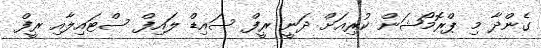
ގެންދާ މި ޕްރޮމޯޝަން ކުރިއަށް ދަނީ ރީފް ސައިޑް ލައިފް ސްޓައިލާއި ރީފް